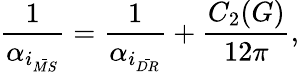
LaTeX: \frac{1}{\alpha_{i_{\bar{MS}}}}=\frac{1}{\alpha_{i_{\bar{DR}}}}+\frac{C_{2}(G)}{12\pi},